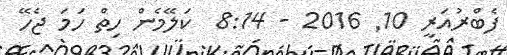
ފެބްރުއަރީ 10